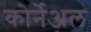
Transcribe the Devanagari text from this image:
कोर्नेअल